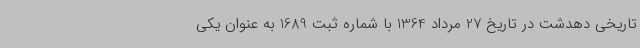
تاریخی دهدشت در تاریخ 27 مرداد 1364 با شماره ثبت 1689 به‌ عنوان یکی